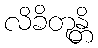
လိခိတုန္တိ